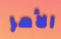
الأمر